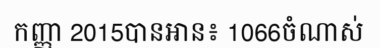
កញ្ញា 2015បានអាន៖ 1066ចំណាស់